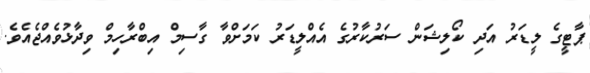
ޕާޓީގެ ލީޑަރު އަދި ކޯލިޝަން ސަރުކާރުގެ އެއްލީޑަރު ކަމަށްވާ ގާސިމް އިބްރާހިމް ވިދާޅުވެއްޖެއެވެ.